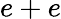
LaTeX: e+e